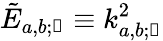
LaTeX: \tilde{E}_{a,b;\mathscr{n}}\equiv k_{a,b;\mathscr{n}}^{2}